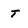
Character: t